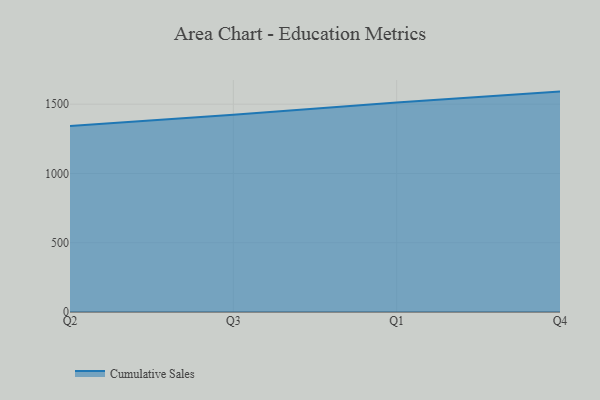
{"axis": {"x": "Quarter", "y": "Market Share (%)"}, "legend": ["Cumulative Sales"], "data": [{"x": "Q2", "y": 1342.5, "type": "Cumulative Sales"}, {"x": "Q3", "y": 1424.1, "type": "Cumulative Sales"}, {"x": "Q1", "y": 1511.7, "type": "Cumulative Sales"}, {"x": "Q4", "y": 1591.2, "type": "Cumulative Sales"}]}